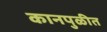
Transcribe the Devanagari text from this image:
कानपुळीत